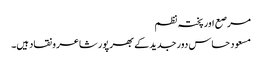
مرصع اور پختہ نظم
مسعود حساس دور جدید کے بھر پور شاعر و نقاد ہیں۔